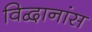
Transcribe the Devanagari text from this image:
विद्वानांस